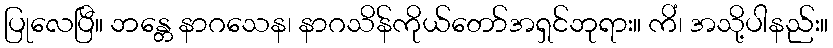
ပြုလေပြီ။ ဘန္တေ နာဂသေန၊ နာဂသိန်ကိုယ်တော်အရှင်ဘုရား။ ကိံ၊ အသို့ပါနည်း။